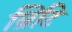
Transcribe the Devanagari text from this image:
ब्रिटि